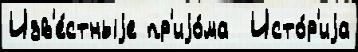
Изв'е́стныjе пр'иjо́ма  Исто́р'иjа